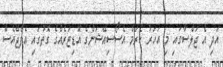
އަދި އެ ޖަލްސާގައި މި އަހަރު ކެރަމް އެސޯސިއޭޝަންގެ އޮޑިޓަރެއްގެ ގޮތުގައި އެފްޖޭއެސް